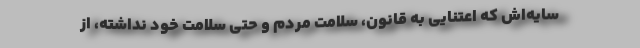
سایه‌اش که اعتنایی به قانون، سلامت مردم و حتی سلامت خود نداشته، از